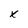
Character: x